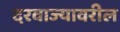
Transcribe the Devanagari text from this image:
दरवाज्यावरील